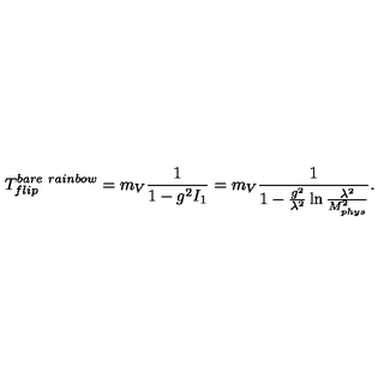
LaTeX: T _ { f l i p } ^ { b a r e \ r a i n b o w } = m _ { V } \frac { 1 } { 1 - g ^ { 2 } I _ { 1 } } = m _ { V } \frac { 1 } { 1 - \frac { g ^ { 2 } } { \lambda ^ { 2 } } \ln \frac { \lambda ^ { 2 } } { M _ { p h y s } ^ { 2 } } } .